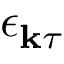
\boldsymbol { \epsilon } _ { \mathbf { k } \tau }